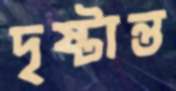
দৃষ্টান্ত